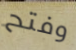
وفتح